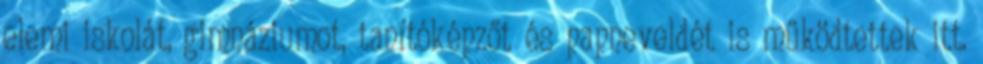
elemi iskolát, gimnáziumot, tanítóképzőt és papneveldét is működtettek itt.